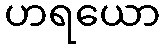
ဟရယော